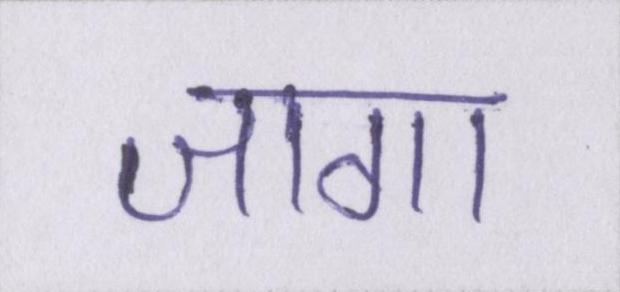
जागा